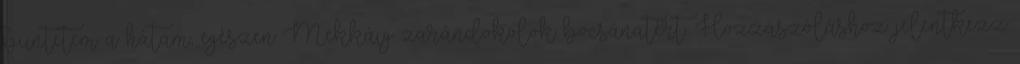
büntetem a hátam, egészen Mekkáig zarándokolok bocsánatért. Hozzászóláshoz jelentkezz